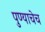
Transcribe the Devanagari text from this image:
पुण्याचेच